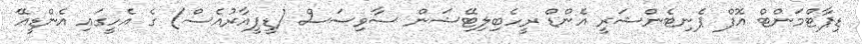
ޑިޕާޓްމަންޓް އޮފް ޕެނިޓެންޝަރީ އެންޑް ރީހެބިލިޓޭޝަން ސާވިސަސް (ޑީޕީއާރުއެސް) ގެ އެހީގައި އެންޑީއޭ